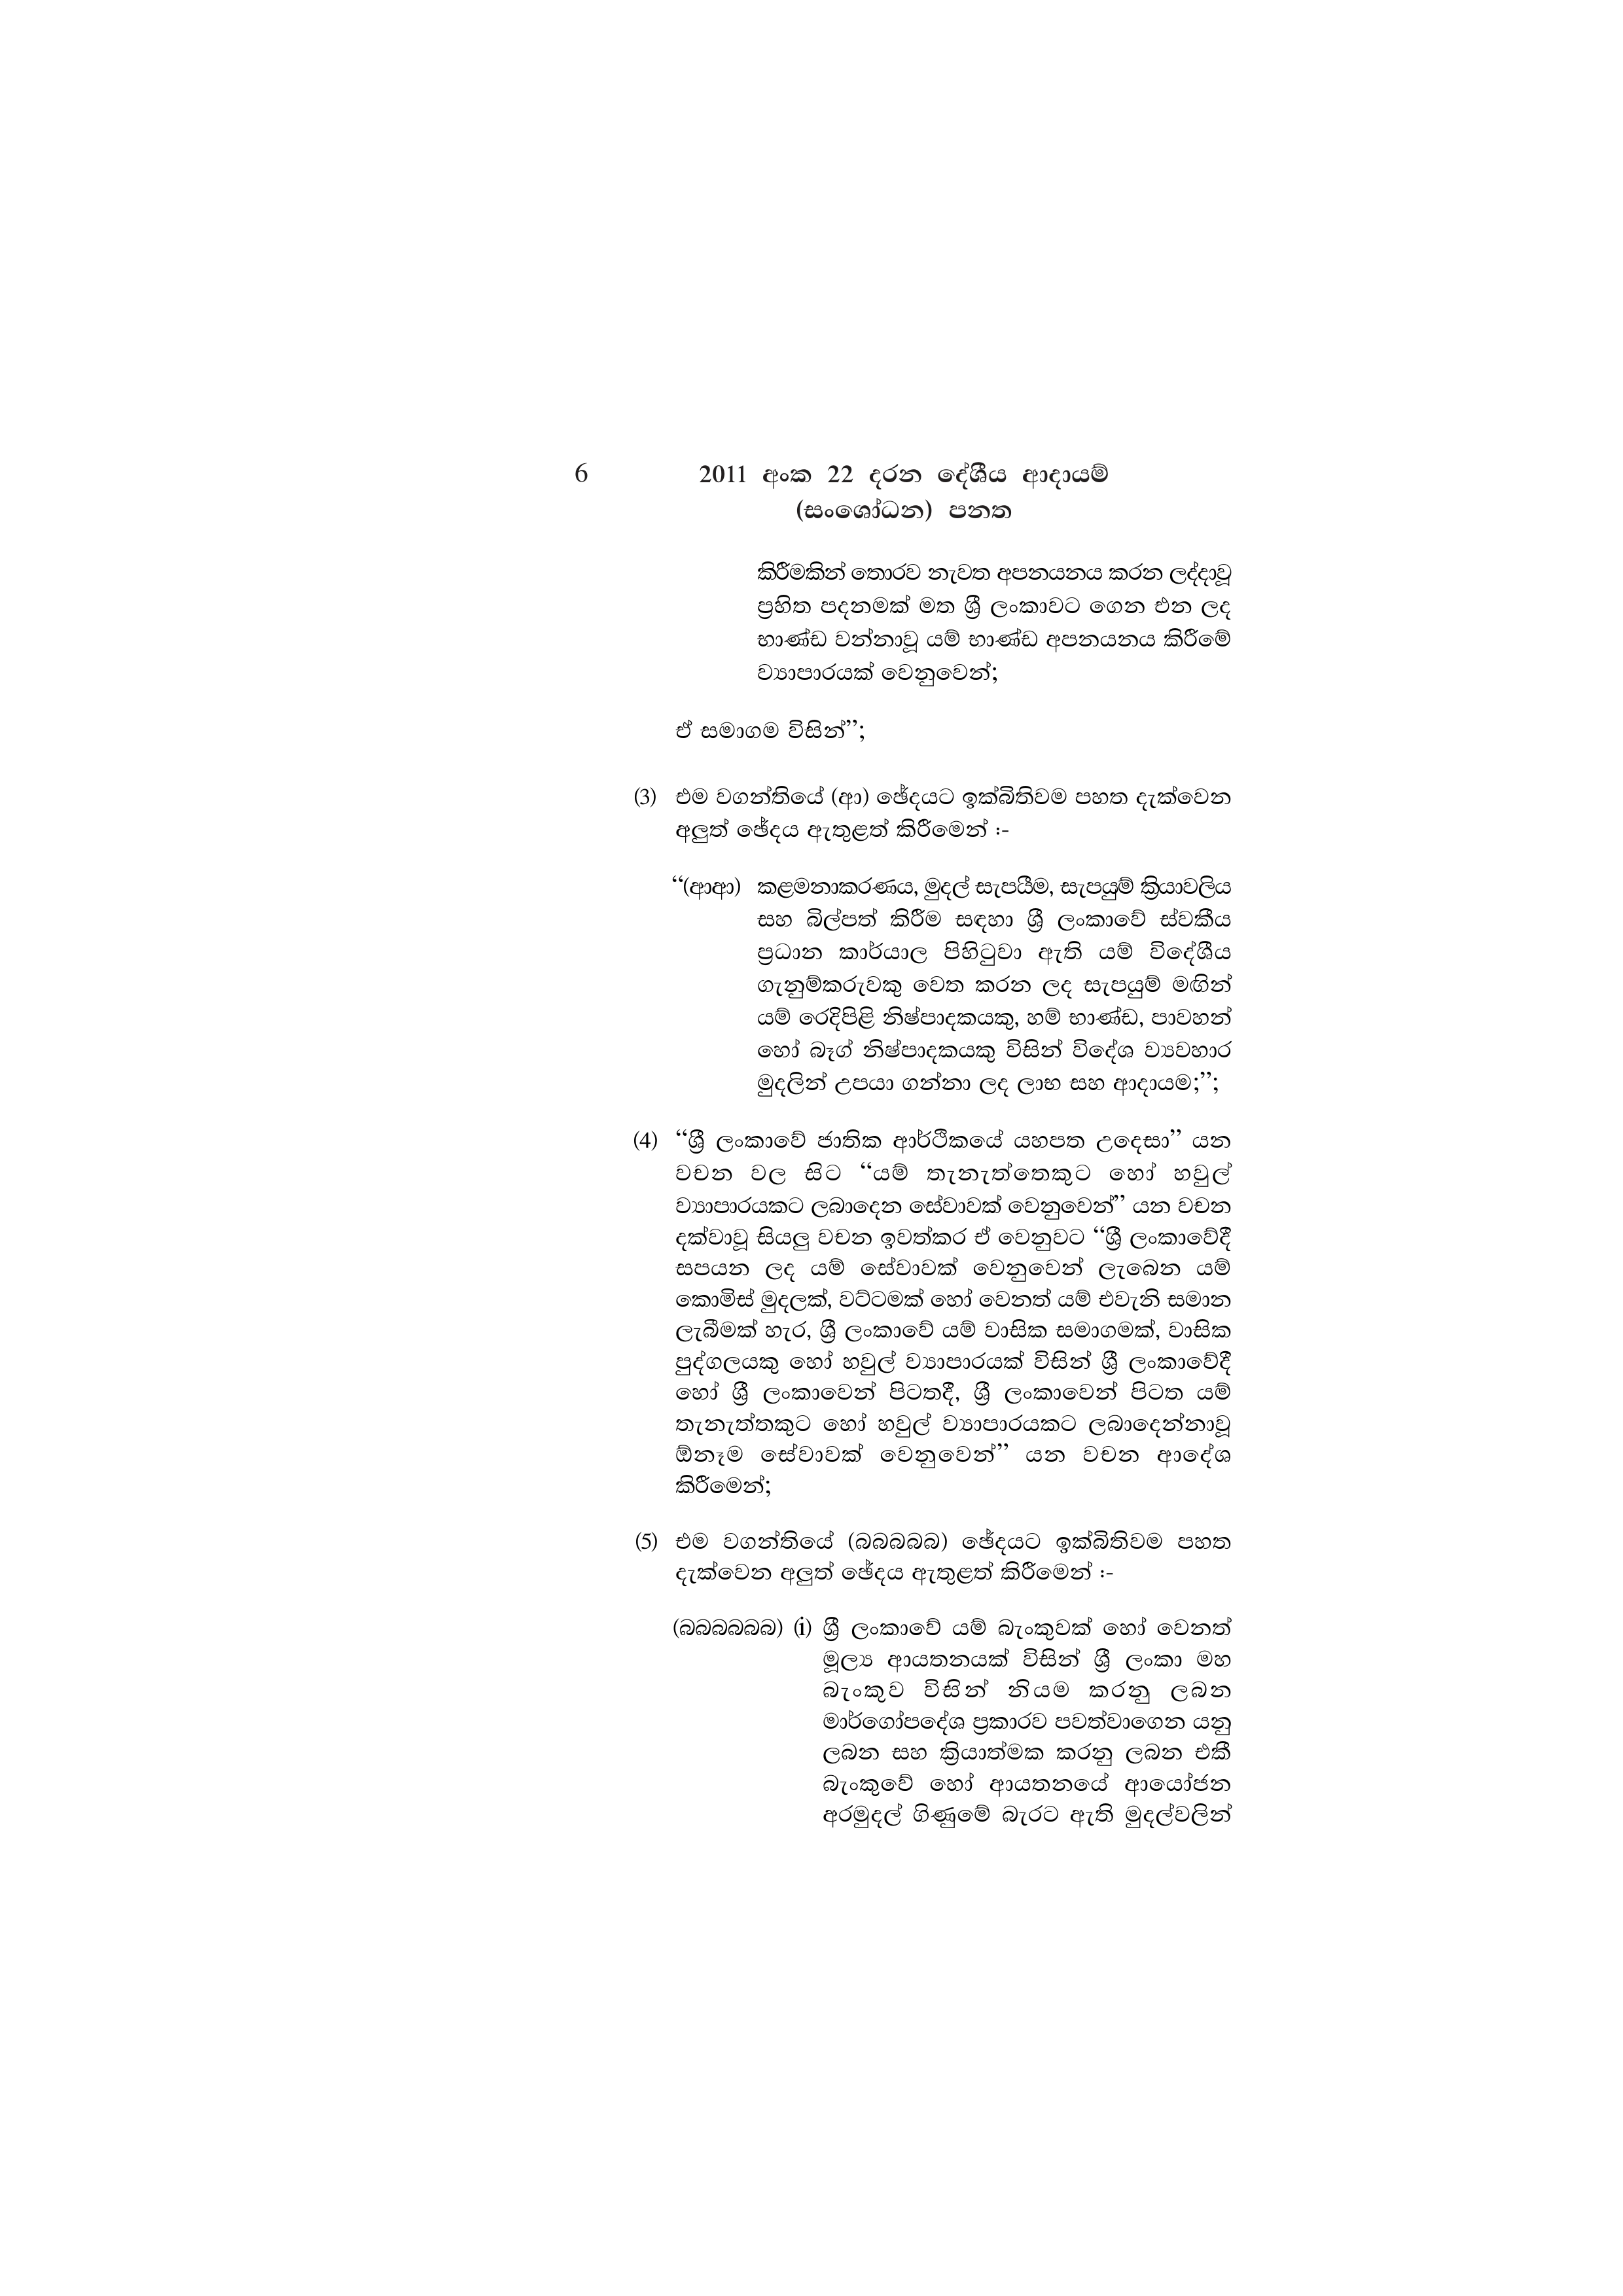
6 2011 අංක 22 දරන දේශීය ආදායම්
(සංශෝධන) පනත

කිරීමකින් තොරව නැවත අපනයනය කරන ලද්දාවූ
ප්‍රහිත පදනමක් මත ශ්‍රී ලංකාවට ගෙන එන ලද
භාණ්ඩ වන්නාවූ යම් භාණ්ඩ අපනයනය කිරීමේ
ව්‍යාපාරයක් වෙනුවෙන්;

ඒ සමාගම විසින්”;

(3) එම වගන්තියේ (ආ) ඡේදයට ඉක්බිතිවම පහත දැක්වෙන
අලුත් ඡේදය ඇතුළත් කිරීමෙන් :-

“(ආආ) කළමනාකරණය, මුදල් සැපයීම, සැපයුම් ක්‍රියාවලිය
සහ බිල්පත් කිරීම සඳහා ශ්‍රී ලංකාවේ ස්වකීය
ප්‍රධාන කාර්යාල පිහිටුවා ඇති යම් විදේශීය
ගැනුම්කරුවකු වෙත කරන ලද සැපයුම් මඟින්
යම් රෙදිපිළි නිෂ්පාදකයකු, හම් භාණ්ඩ, පාවහන්
හෝ බෑග් නිෂ්පාදකයකු විසින් විදේශ ව්‍යවහාර
මුදලින් උපයා ගන්නා ලද ලාභ සහ ආදායම;”;

(4) “ශ්‍රී ලංකාවේ ජාතික ආර්ථිකයේ යහපත උදෙසා” යන
වචන වල සිට “යම් තැනැත්තෙකුට හෝ හවුල්
ව්‍යාපාරයකට ලබාදෙන සේවාවක් වෙනුවෙන්” යන වචන
දක්වාවූ සියලු වචන ඉවත්කර ඒ වෙනුවට “ශ්‍රී ලංකාවේදී
සපයන ලද යම් සේවාවක් වෙනුවෙන් ලැබෙන යම්
කොමිස් මුදලක්, වට්ටමක් හෝ වෙනත් යම් එවැනි සමාන
ලැබීමක් හැර, ශ්‍රී ලංකාවේ යම් වාසික සමාගමක්, වාසික
පුද්ගලයකු හෝ හවුල් ව්‍යාපාරයක් විසින් ශ්‍රී ලංකාවේදී
හෝ ශ්‍රී ලංකාවෙන් පිටතදී, ශ්‍රී ලංකාවෙන් පිටත යම්
තැනැත්තකුට හෝ හවුල් ව්‍යාපාරයකට ලබාදෙන්නාවූ
ඕනෑම සේවාවක් වෙනුවෙන්” යන වචන ආදේශ
කිරීමෙන්;

(5) එම වගන්තියේ (බබබබබ) ඡේදයට ඉක්බිතිවම පහත
දැක්වෙන අලුත් ඡේදය ඇතුළත් කිරීමෙන් :-

(බබබබබබ) (i) ශ්‍රී ලංකාවේ යම් බැංකුවක් හෝ වෙනත්
මූල්‍ය ආයතනයක් විසින් ශ්‍රී ලංකා මහ
බැංකුව විසින් නියම කරනු ලබන
මාර්ගෝපදේශ ප්‍රකාරව පවත්වාගෙන යනු
ලබන සහ ක්‍රියාත්මක කරනු ලබන එකී
බැංකුවේ හෝ ආයතනයේ ආයෝජන
අරමුදල් ගිණුමේ බැරට ඇති මුදල්වලින්